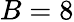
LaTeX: B=8